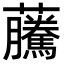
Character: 虅